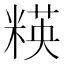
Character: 䊔